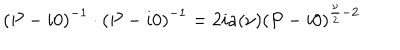
LaTeX: \left( P - i 0 \right) ^ { - 1 } \cdot \left( P - i 0 \right) ^ { - 1 } = 2 i a ( \nu ) \left( P - i 0 \right) ^ { \frac { \nu } { 2 } - 2 }